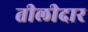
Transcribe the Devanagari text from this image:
तीलीदार